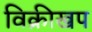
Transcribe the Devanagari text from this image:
विक्रीखप